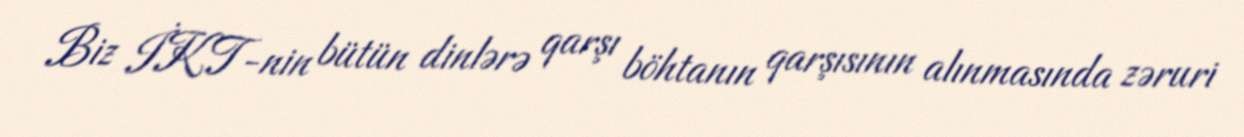
Biz İKT-nin bütün dinlərə qarşı böhtanın qarşısının alınmasında zəruri